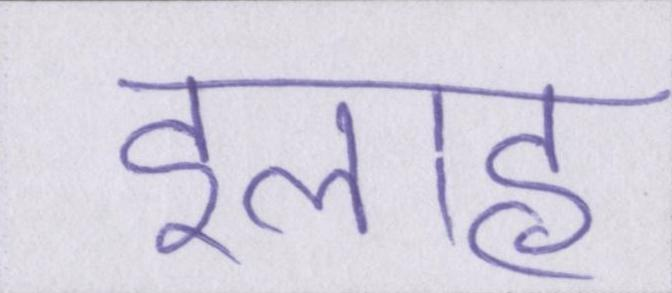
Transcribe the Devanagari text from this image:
इलाह